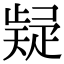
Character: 𭼃